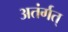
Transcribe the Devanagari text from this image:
अतंर्गत्